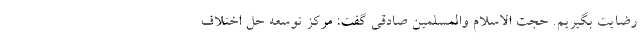
رضایت بگیریم. حجت الاسلام والمسلمین صادقی گفت: مرکز توسعه حل اختلاف